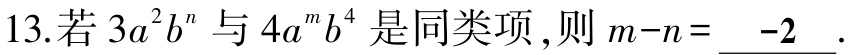
13.若$3a^{2}b^{n}$与$4a^{m}b^{4}$是同类项,则$m - n = \underline{ - 2}$.